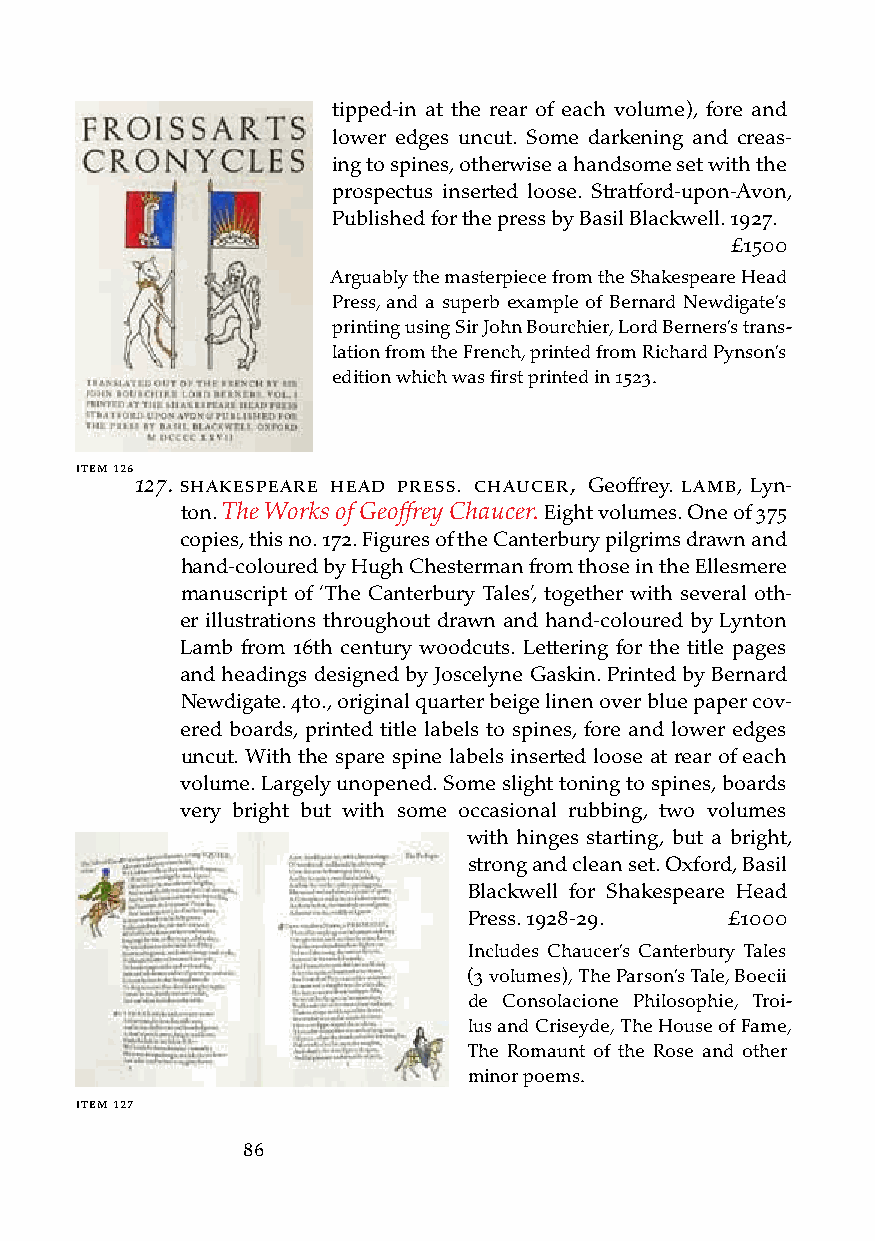
tipped-in at the rear of each volume), fore and
 lower edges uncut. Some darkening and creas-
 ing to spines, otherwise a handsome set with the
 prospectus inserted loose. Stratford-upon-Avon,
 Published for the press by Basil Blackwell. 1927.
 £1500
 Arguably the masterpiece from the Shakespeare Head
 Press, and a superb example of Bernard Newdigate’s
 printing using Sir John Bourchier, Lord Berners’s trans-
 lation from the French, printed from Richard Pynson’s
 edition which was first printed in 1523.
 iteM 126
 127. sHakesPeare Head Press. cHaucer, Geoffrey. laMb, Lyn-
 ton. The Works of Geoffrey Chaucer. Eight volumes. One of 375
 copies, this no. 172. Figures of the Canterbury pilgrims drawn and
 hand-coloured by Hugh Chesterman from those in the Ellesmere
 manuscript of ‘The Canterbury Tales’, together with several oth-
 er illustrations throughout drawn and hand-coloured by Lynton
 Lamb from 16th century woodcuts. Lettering for the title pages
 and headings designed by Joscelyne Gaskin. Printed by Bernard
 Newdigate. 4to., original quarter beige linen over blue paper cov-
 ered boards, printed title labels to spines, fore and lower edges
 uncut. With the spare spine labels inserted loose at rear of each
 volume. Largely unopened. Some slight toning to spines, boards
 very bright but with some occasional rubbing, two volumes
 with hinges starting, but a bright,
 strong and clean set. Oxford, Basil
 Blackwell for Shakespeare Head
 Press. 1928-29.  £1000
 Includes Chaucer’s Canterbury Tales
 (3 volumes), The Parson’s Tale, Boecii
 de Consolacione Philosophie, Troi-
 lus and Criseyde, The House of Fame,
 The Romaunt of the Rose and other
 minor poems.
 iteM 127
 86